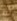
أنه